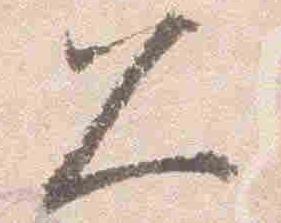
久